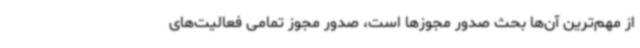
از مهم‌ترین آن‌ها بحث صدور مجوزها است، صدور مجوز تمامی فعالیت‌های